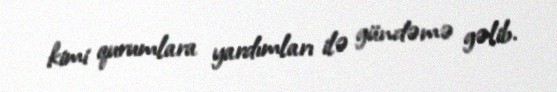
kimi qurumlara yardımları ilə gündəmə gəlib.